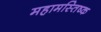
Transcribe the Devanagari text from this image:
महामस्तिष्क